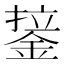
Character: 𰼷